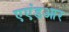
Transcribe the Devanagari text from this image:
एएंडआर